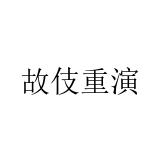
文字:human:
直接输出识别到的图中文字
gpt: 故伎重演